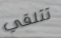
تتلقي